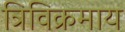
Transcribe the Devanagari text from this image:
त्रिविक्रमाय